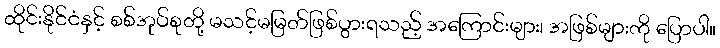
ထိုင်းနိုင်ငံနှင့် စစ်အုပ်စုတို့ မသင့်မမြတ်ဖြစ်ပွားရသည့် အကြောင်းများ၊ အဖြစ်များကို ပြောပါ။